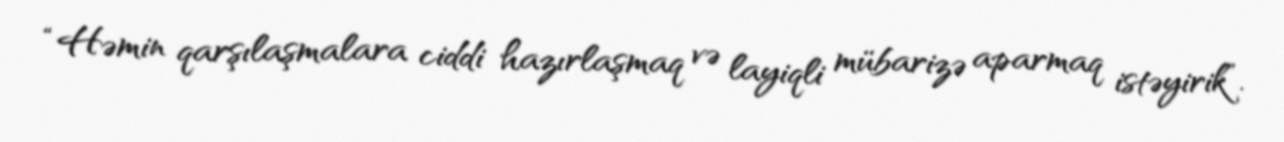
“Həmin qarşılaşmalara ciddi hazırlaşmaq və layiqli mübarizə aparmaq istəyirik”.